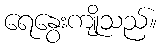
ရေနွေးကျိုသည်။